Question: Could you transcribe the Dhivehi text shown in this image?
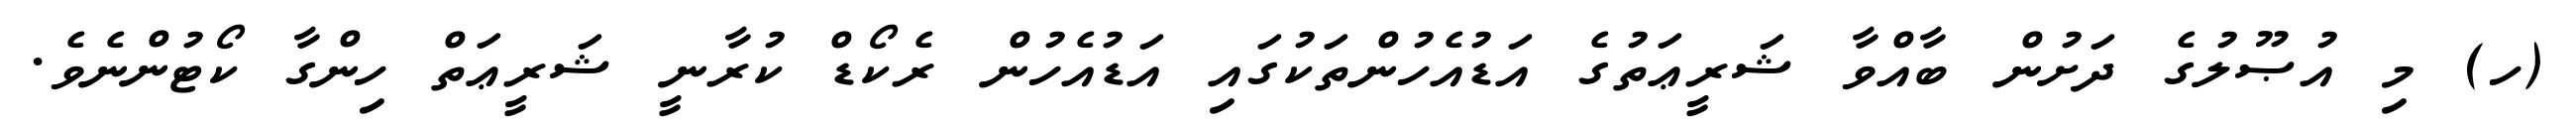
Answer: (ހ) މި އުޞޫލުގެ ދަށުން ބާއްވާ ޝަރީޢަތުގެ އަޑުއެހުންތަކުގައި އަޑުއެހުން ރެކޯޑް ކުރާނީ ޝަރީޢަތް ހިންގާ ކޯޓުންނެވެ.